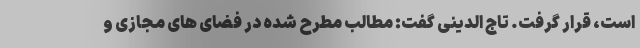
است، قرار گرفت. تاج الدینی گفت: مطالب مطرح شده در فضای های مجازی و